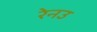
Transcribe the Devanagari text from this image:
रेनउ